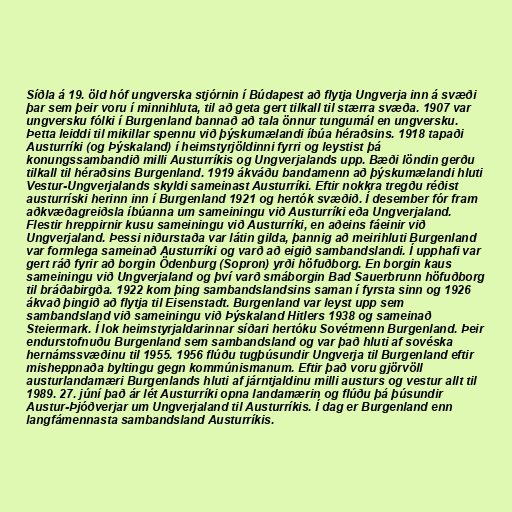
Síðla á 19. öld hóf ungverska stjórnin í Búdapest að flytja Ungverja inn á svæði
þar sem þeir voru í minnihluta, til að geta gert tilkall til stærra svæða. 1907 var
ungversku fólki í Burgenland bannað að tala önnur tungumál en ungversku.
Þetta leiddi til mikillar spennu við þýskumælandi íbúa héraðsins. 1918 tapaði
Austurríki (og Þýskaland) í heimstyrjöldinni fyrri og leystist þá
konungssambandið milli Austurríkis og Ungverjalands upp. Bæði löndin gerðu
tilkall til héraðsins Burgenland. 1919 ákváðu bandamenn að þýskumælandi hluti
Vestur-Ungverjalands skyldi sameinast Austurríki. Eftir nokkra tregðu réðist
austurríski herinn inn í Burgenland 1921 og hertók svæðið. Í desember fór fram
aðkvæðagreiðsla íbúanna um sameiningu við Austurríki eða Ungverjaland.
Flestir hreppirnir kusu sameiningu við Austurríki, en aðeins fáeinir við
Ungverjaland. Þessi niðurstaða var látin gilda, þannig að meirihluti Burgenland
var formlega sameinað Austurríki og varð að eigið sambandslandi. Í upphafi var
gert ráð fyrir að borgin Ödenburg (Sopron) yrði höfuðborg. En borgin kaus
sameiningu við Ungverjaland og því varð smáborgin Bad Sauerbrunn höfuðborg
til bráðabirgða. 1922 kom þing sambandslandsins saman í fyrsta sinn og 1926
ákvað þingið að flytja til Eisenstadt. Burgenland var leyst upp sem
sambandsland við sameiningu við Þýskaland Hitlers 1938 og sameinað
Steiermark. Í lok heimstyrjaldarinnar síðari hertóku Sovétmenn Burgenland. Þeir
endurstofnuðu Burgenland sem sambandsland og var það hluti af sovéska
hernámssvæðinu til 1955. 1956 flúðu tugþúsundir Ungverja til Burgenland eftir
misheppnaða byltingu gegn kommúnismanum. Eftir það voru gjörvöll
austurlandamæri Burgenlands hluti af járntjaldinu milli austurs og vestur allt til
1989. 27. júní það ár lét Austurríki opna landamærin og flúðu þá þúsundir
Austur-Þjóðverjar um Ungverjaland til Austurríkis. Í dag er Burgenland enn
langfámennasta sambandsland Austurríkis.